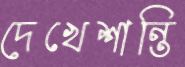
দেখেশান্তি